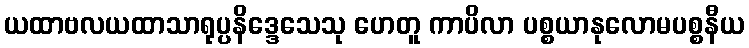
ယထာဗလယထာသာရုပ္ပနိဒ္ဒေသေသု ဟေတူ ကာပိလာ ပစ္စယာနုလောမပစ္စနီယ